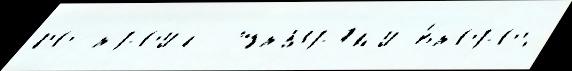
постро́ил  штыр'я́м'и второ́й